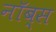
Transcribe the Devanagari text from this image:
नॉब्स